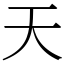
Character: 天